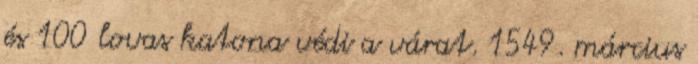
és 100 lovas katona védi a várat. 1549. március